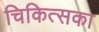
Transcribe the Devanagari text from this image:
चिकित्सका